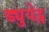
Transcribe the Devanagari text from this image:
ड्युयेट्स